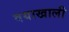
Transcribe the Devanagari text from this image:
वयाखाली